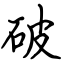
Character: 破